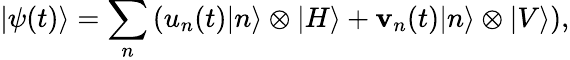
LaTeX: |\psi(t)\rangle=\sum_{n}\left(u_{n}(t)|n\rangle\otimes|H\rangle+\mathbf{v}_{n}(t)|n\rangle\otimes|V\rangle\right),